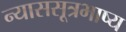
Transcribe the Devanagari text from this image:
न्याससूत्रभाष्य